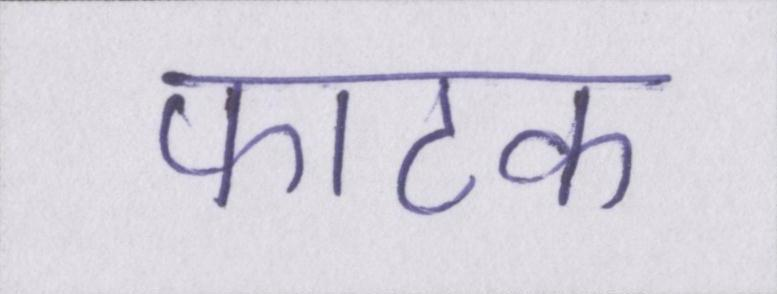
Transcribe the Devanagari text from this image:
फाटक